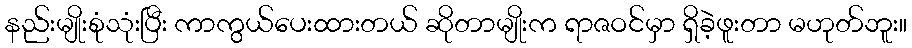
နည်းမျိုးစုံသုံးပြီး ကာကွယ်ပေးထားတယ် ဆိုတာမျိုးက ရာဇဝင်မှာ ရှိခဲ့ဖူးတာ မဟုတ်ဘူး။